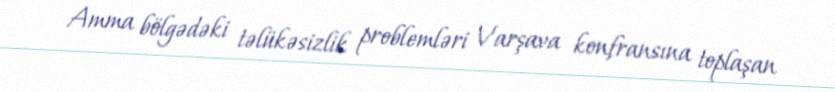
Amma bölgədəki təlükəsizlik problemləri Varşava konfransına toplaşan